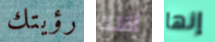
رؤيتك أقلك إنها